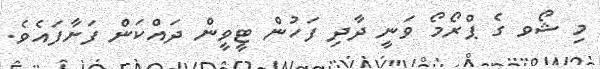
މި ޝޯވ ގެ ޕްރޯމޯ ވަނީ ދާދި ފަހުން ޓީވީން ދައްކަން ފަށާފައެވެ.